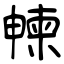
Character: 朄